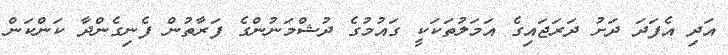
އަދި އެފަދަ ދަށު ދަރަޖައިގެ އަމަލުތަކަކީ ގައުމުގެ ދުޝްމަނުންގެ ފަރާތުން ފެނިގެންދާ ކަންކަން